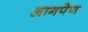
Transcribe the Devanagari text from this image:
आगपेण